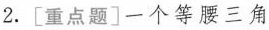
2.[重点题]一个等腰三角